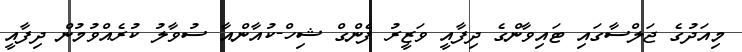
މިއަދުގެ ޖަލްސާގައި ޓައިވާންގެ ދިފާއީ ވަޒީރު ފެންގް ޝިހް-ކުއާންއާ ސުވާލު ކުރެއްވުމުން ދިފާއީ